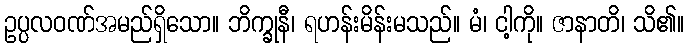
ဥပ္ပလဝဏ်အမည်ရှိသော။ ဘိက္ခုနီ၊ ရဟန်းမိန်းမသည်။ မံ၊ ငါ့ကို။ ဇာနာတိ၊ သိ၏။